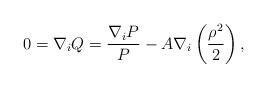
LaTeX: \begin{align*}0=\nabla_{i}Q=\frac{\nabla_{i}P}{P}-A\nabla_{i}\left(\frac{\rho^{2}}{2}\right),\end{align*}